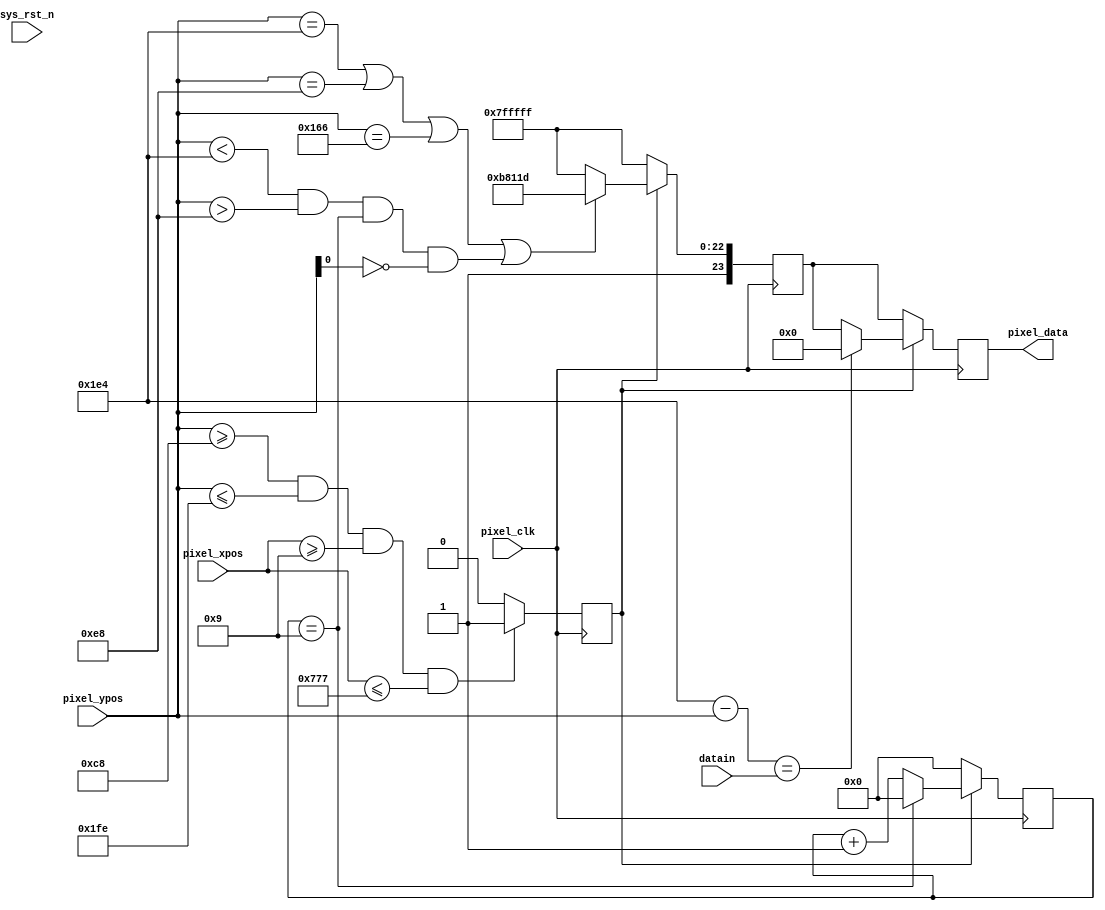
module  video_display(
    input             pixel_clk,                //
    input             sys_rst_n,                //
	 input      [7:0]  datain,
    
    input      [11:0] pixel_xpos,               //
    input      [11:0] pixel_ypos,               //    
    output reg [23:0] pixel_data                //
    );    

//parameter define    
parameter  H_DISP  = 12'd1920;                  //--
parameter  V_DISP  = 12'd1080;                   //--

localparam SIDE_W  = 12'd40;                    //
localparam BLOCK_W = 12'd40;                    //
localparam BLUE    = 24'b00000000_00000000_11111111;    // 
localparam WHITE   = 24'b11111111_11111111_11111111;    // 
localparam BLACK   = 24'b00000000_00000000_00000000;    // 
localparam RED     = 24'b11111111_00000000_00000000;

//reg define
//reg [11:0] block_x = SIDE_W ;                             //
//reg [11:0] block_y = SIDE_W ;                             //
//reg [21:0] div_cnt;                             //
//reg        h_direct;                            //10
//reg        v_direct;                            //10
reg		  region_active;
reg [8:0]		  grid_x = 0;
reg [23:0]  pos_data;

//wire define   
wire move_en;                                   //100hz

//*****************************************************
//**                    main code
//*****************************************************
//assign move_en = (div_cnt == 22'd742500) ? 1'b1 : 1'b0;

//vga
//always @(posedge pixel_clk ) begin         
//    if (!sys_rst_n)
//        div_cnt <= 22'd0;
//    else begin
//        if(div_cnt < 22'd742500) 
//            div_cnt <= div_cnt + 1'b1;
//        else
//            div_cnt <= 22'd0;                   //10ms
//    end
//end
	
always@(posedge pixel_clk)
begin
	if(pixel_ypos >= 12'd200 && pixel_ypos <= 12'd510 && pixel_xpos >= 12'd9 && pixel_xpos  <= 12'd1911)
		region_active <= 1'b1;
	else
		region_active <= 1'b0;
end

always@(posedge pixel_clk)
begin
	if(region_active == 1'b1)
		grid_x <= (grid_x == 9'd9) ? 9'd0 : grid_x + 9'd1;
	else
		grid_x <= 9'd0;
end

always@(posedge pixel_clk)
begin
	if(region_active == 1'b1)
		if(12'd484 - pixel_ypos == {4'd0,datain} )
			pixel_data <= 24'h000000;
		else
			pixel_data <= pos_data;
	else
		pixel_data <= pos_data;
end

always@(posedge pixel_clk)
begin
	if(region_active == 1'b1)
		if(pixel_ypos == 12'd484 || pixel_ypos == 12'd232 || pixel_ypos == 12'd358 || 
		  (pixel_ypos < 12'd484 && pixel_ypos > 12'd232 &&grid_x == 9'd9 && pixel_ypos[0] == 1'b0))
			pos_data <= {8'd139,8'd129,8'd29};
		else
//		pos_data <= 24'h000000;
		pos_data <= WHITE;
	else
		pos_data <= WHITE;
end
endmodule